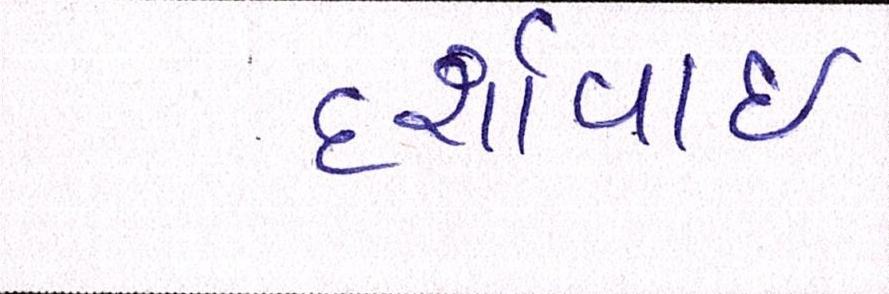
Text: દર્શાવાઈ